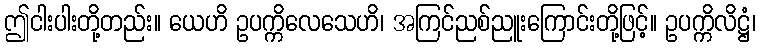
ဤငါးပါးတို့တည်း။ ယေဟိ ဥပက္ကိလေသေဟိ၊ အကြင်ညစ်ညူးကြောင်းတို့ဖြင့်။ ဥပက္ကိလိဋ္ဌံ၊